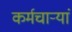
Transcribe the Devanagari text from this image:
कर्मचाऱ्यां